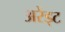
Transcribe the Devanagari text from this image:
अरेंड्ट